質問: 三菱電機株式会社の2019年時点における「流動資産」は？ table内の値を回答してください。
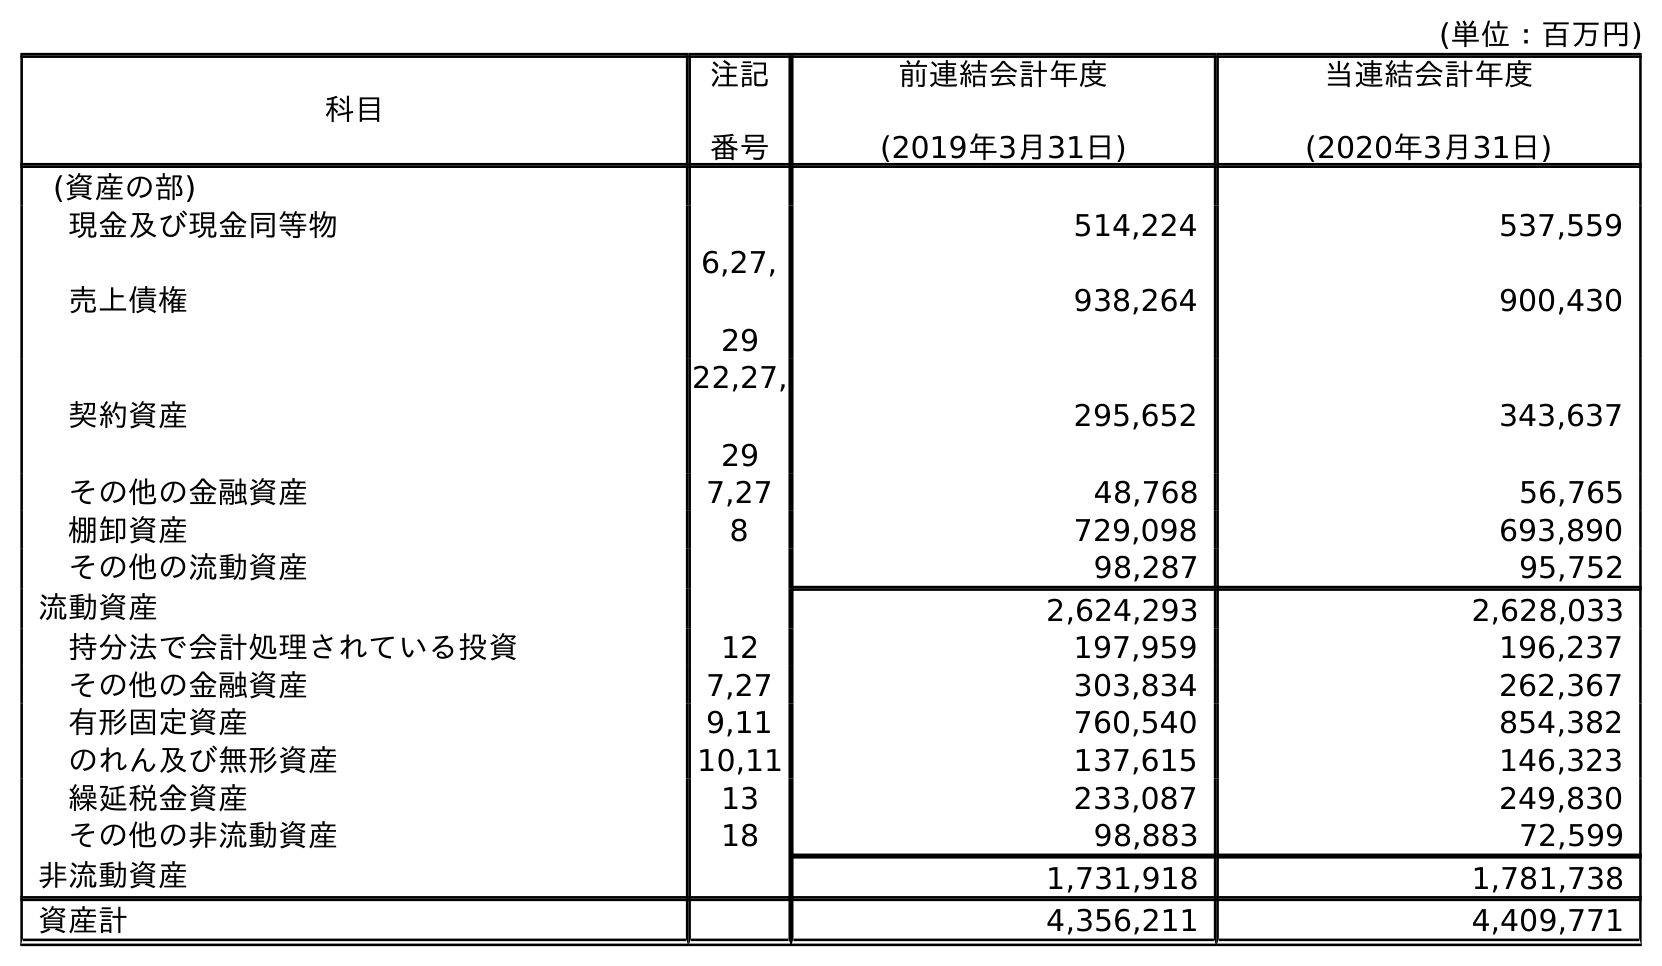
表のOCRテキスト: (単位：百万円) 科目 注記 番号 前連結会計年度 (2019年3月31日) 当連結会計年度 (2020年3月31日) (資産の部) 現金及び現金同等物 514,224 537,559 売上債権 6,27, 29 938,264 900,430 契約資産 22,27, 29 295,652 343,637 その他の金融資産 7,27 48,768 56,765 棚卸資産 8 729,098 693,890 その他の流動資産 98,287 95,752 流動資産 2,624,293 2,628,033 持分法で会計処理されている投資 12 197,959 196,237 その他の金融資産 7,27 303,834 262,367 有形固定資産 9,11 760,540 854,382 のれん及び無形資産 10,11 137,615 146,323 繰延税金資産 13 233,087 249,830 その他の非流動資産 18 98,883 72,599 非流動資産 1,731,918 1,781,738 資産計 4,356,211 4,409,771
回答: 2,624,293